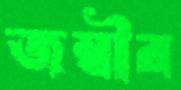
জম্বীর